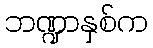
ဘဏ္ဍာနှစ်က